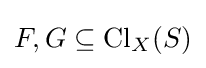
F,G\subseteq \operatorname {Cl} _{X}(S)